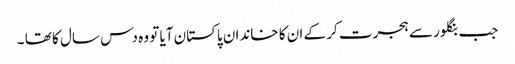
جب بنگلور سے ہجرت کر کے ان کا خاندان پاکستان آیا تو وہ دس سال کا تھا ۔